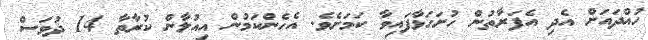
ހުއްދައަށް އެދި އެފަރާތުން ހުށަހަޅާފައިވާ ކަމަށެވެ. އެހެންކަމުން އިއުލާން ކުރާތާ 14 ދުވަސް